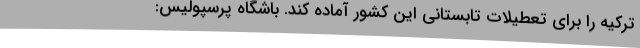
ترکیه را برای تعطیلات تابستانی این کشور آماده کند. باشگاه پرسپولیس: